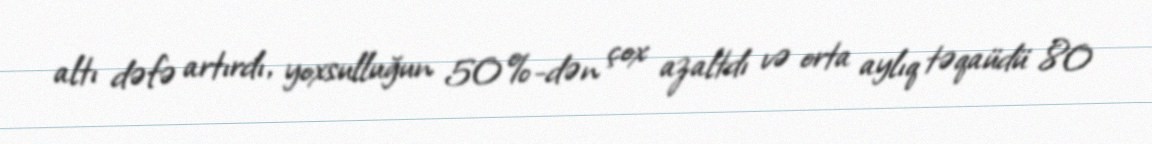
altı dəfə artırdı, yoxsulluğun 50%-dən çox azaltdı və orta aylıq təqaüdü 80